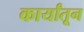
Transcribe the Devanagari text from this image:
कार्यांतून